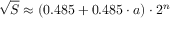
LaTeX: { \sqrt { S } } \approx ( 0 . 4 8 5 + 0 . 4 8 5 \cdot a ) \cdot 2 ^ { n }